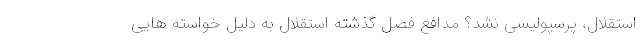
استقلال، پرسپولیسی نشد؟ مدافع فصل گذشته استقلال به دلیل خواسته هایی